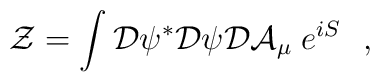
{\cal Z} =  \int {\cal D} \psi^* {\cal D} \psi {\cal D} {\cal A} _\mu\;e^{iS} \ \ ,